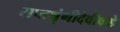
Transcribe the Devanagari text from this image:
सप्तश्रृंगीदेवीकडे